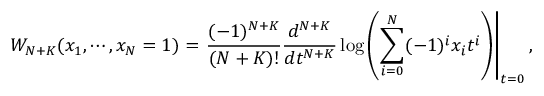
W _ { N + K } ( x _ { 1 } , \cdots , x _ { N } = 1 ) = \left. \frac { ( - 1 ) ^ { N + K } } { ( N + K ) ! } \frac { d ^ { N + K } } { d t ^ { N + K } } \log \left( \sum _ { i = 0 } ^ { N } ( - 1 ) ^ { i } x _ { i } t ^ { i } \right) \right| _ { t = 0 } ,